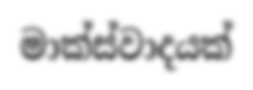
මාක්ස්වාදයක්